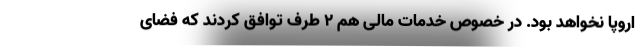
اروپا نخواهد بود. در خصوص خدمات مالی هم ۲ طرف توافق کردند که فضای